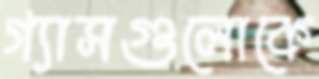
গ্যাসগুলোকে